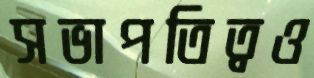
সভাপতিত্বও